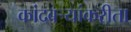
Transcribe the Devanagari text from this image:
कांदबऱ्यांकरीता